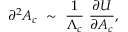
\partial ^ { 2 } A _ { c } ~ \sim ~ \frac { 1 } { \Lambda _ { c } } { } ~ \frac { \partial U } { \partial A _ { c } } ,